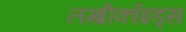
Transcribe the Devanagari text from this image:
लम्ब्रीकॉइड्स